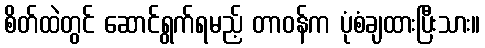
စိတ်ထဲတွင် ဆောင်ရွက်ရမည့် တာဝန်က ပုံစံချထားပြီးသား။